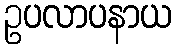
ဥပလာပနာယ